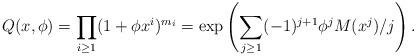
LaTeX: \begin{align*}Q(x,\phi) = \prod_{i \ge 1}(1+\phi x^i)^{m_i} = \exp \left(\sum_{j \ge 1} (-1)^{j+1}\phi^j M(x^j)/j \right). \end{align*}